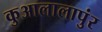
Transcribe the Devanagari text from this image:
कुआलालापुंर